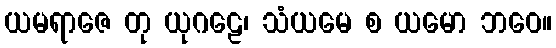
ယမရာဇေ တု ယုဂဠေ၊ သံယမေ စ ယမော ဘဝေ။